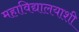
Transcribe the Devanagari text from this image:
महाविद्यालयाशी